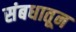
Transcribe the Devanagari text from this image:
संबधातून